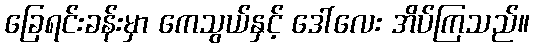
ခြေရင်းခန်းမှာ ကေသွယ်နှင့် ဒေါ်လေး အိပ်ကြသည်။